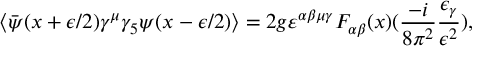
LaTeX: \left\langle \bar { \psi } ( x + \epsilon / 2 ) \gamma ^ { \mu } \gamma _ { 5 } \psi ( x - \epsilon / 2 ) \right\rangle = 2 g \varepsilon ^ { \alpha \beta \mu \gamma } F _ { \alpha \beta } ( x ) ( \frac { - i } { 8 \pi ^ { 2 } } \frac { \epsilon _ { \gamma } } { \epsilon ^ { 2 } } ) ,